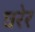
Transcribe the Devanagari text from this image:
घरेर